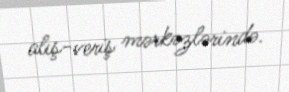
alış-veriş mərkəzlərində.